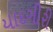
યાદગીરી